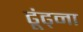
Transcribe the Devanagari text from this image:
ढूंढ्ना